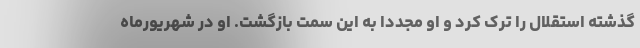
گذشته استقلال را ترک کرد و او مجددا به این سمت بازگشت. او در شهریورماه